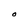
Character: O